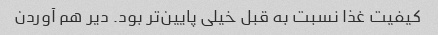
کیفیت غذا نسبت به قبل خیلی پایین‌تر بود. دیر هم آوردن